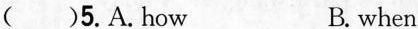
( )5.A.How B. when